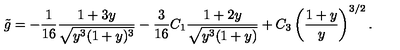
{ \tilde { g } } = - \frac { 1 } { 1 6 } \frac { 1 + 3 y } { \sqrt { y ^ { 3 } ( 1 + y ) ^ { 3 } } } - \frac { 3 } { 1 6 } C _ { 1 } \frac { 1 + 2 y } { \sqrt { y ^ { 3 } ( 1 + y ) } } + C _ { 3 } \left( \frac { 1 + y } { y } \right) ^ { 3 / 2 } .